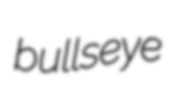
bullseye